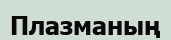
Плазманың